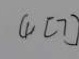
( 1 ) [ 7 ]